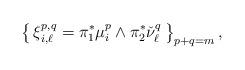
LaTeX: \begin{align*}\left\{\, \xi^{p,q}_{i,\ell}=\pi_1^* \mu_{i}^{p}\wedge \pi_2^* \check\nu_\ell^{q}\, \right\}_{p+q=m},\end{align*}